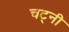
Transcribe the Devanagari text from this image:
चट्नी